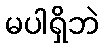
မပါရှိဘဲ